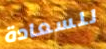
للسعادة